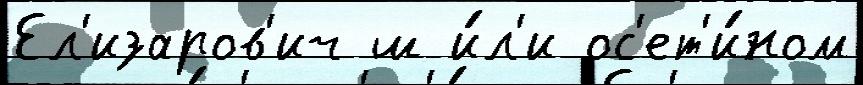
Ел'изаров'ич ш и́л'и ос'ет'и́ном